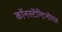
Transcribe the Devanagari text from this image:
काॅनस्टॅन्टिनोपल